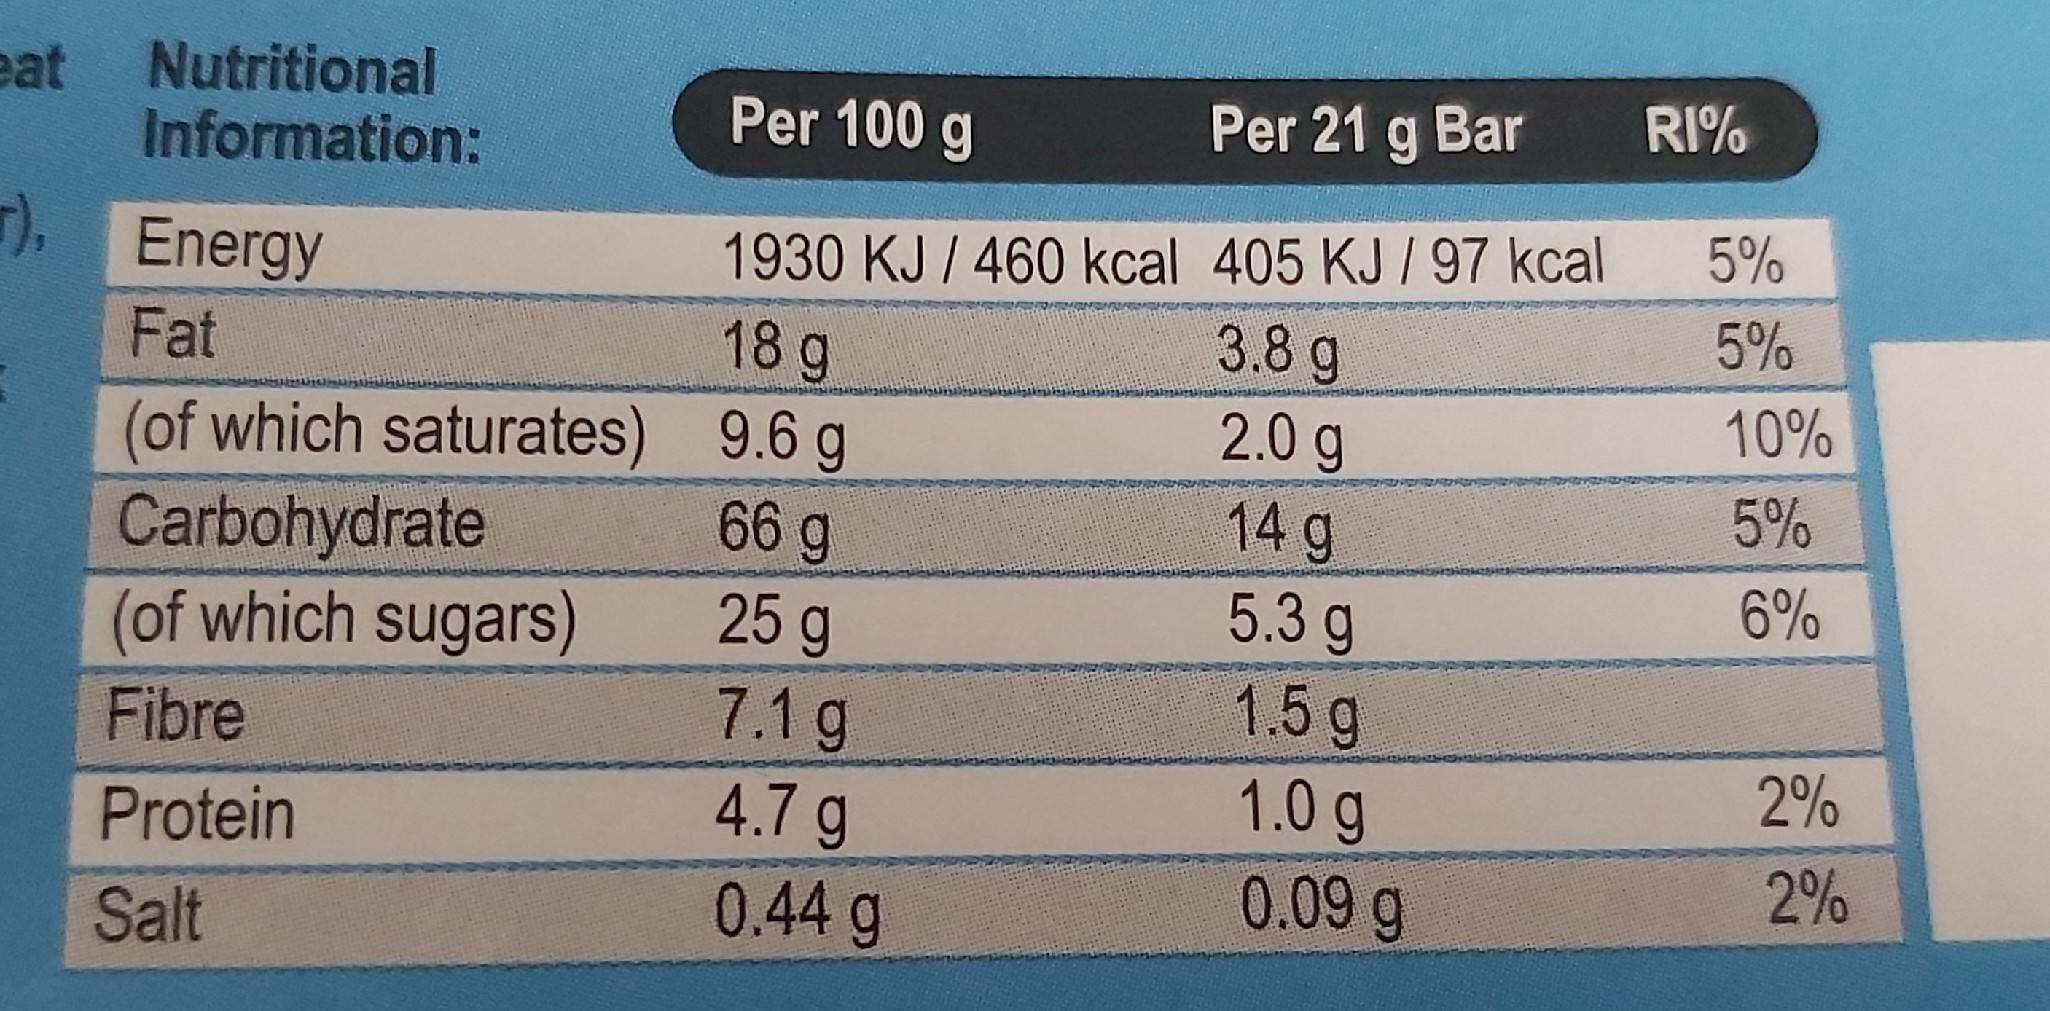
eat Nutritional Information:
Per 100 g
Per 21 g Bar
RI%
1930 KJ / 460 kcal 405 KJ / 97 kcal 3.8 g 2.0 g
7), Energy
5%
5%
18g (of which saturates) 9.6 g 66 g 25 g 7.1 g
Fat
10%
5%
Carbohydrate (of which sugars)
14 g 5.3 g 1.5 g 1.0 g
6%
Fibre
2%
4.7 g 0.44 g
Protein
0.09 g
2%
Salt